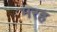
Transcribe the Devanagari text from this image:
मरह